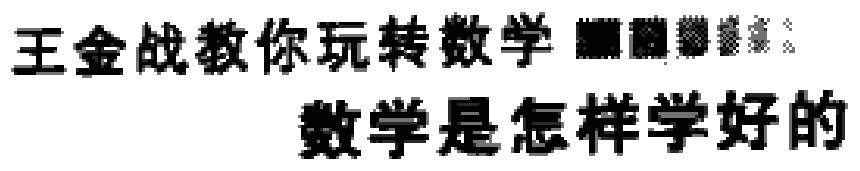
王金战教你玩转数学 \ 数学是怎样学好的